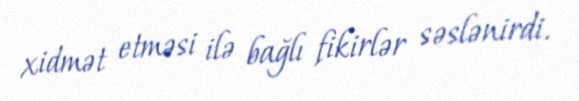
xidmət etməsi ilə bağlı fikirlər səslənirdi.